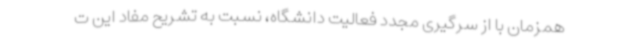
همزمان با از سرگیری مجدد فعالیت دانشگاه، نسبت به تشریح مفاد این ت